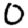
Digit: 0